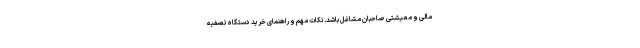
مالی و معیشتی صاحبان مشاغل باشد. نکات مهم و راهنمای خرید دستگاه تصفیه